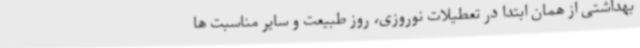
بهداشتی از همان ابتدا در تعطیلات نوروزی، روز طبیعت و سایر مناسبت ها